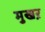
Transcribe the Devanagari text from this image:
मुखऱ